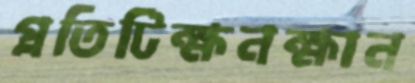
প্রতিটিক্ষনক্ষান